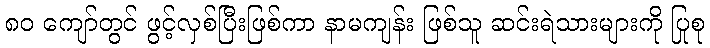
၈၀ ကျော်တွင် ဖွင့်လှစ်ပြီးဖြစ်ကာ နာမကျန်း ဖြစ်သူ ဆင်းရဲသားများကို ပြုစု